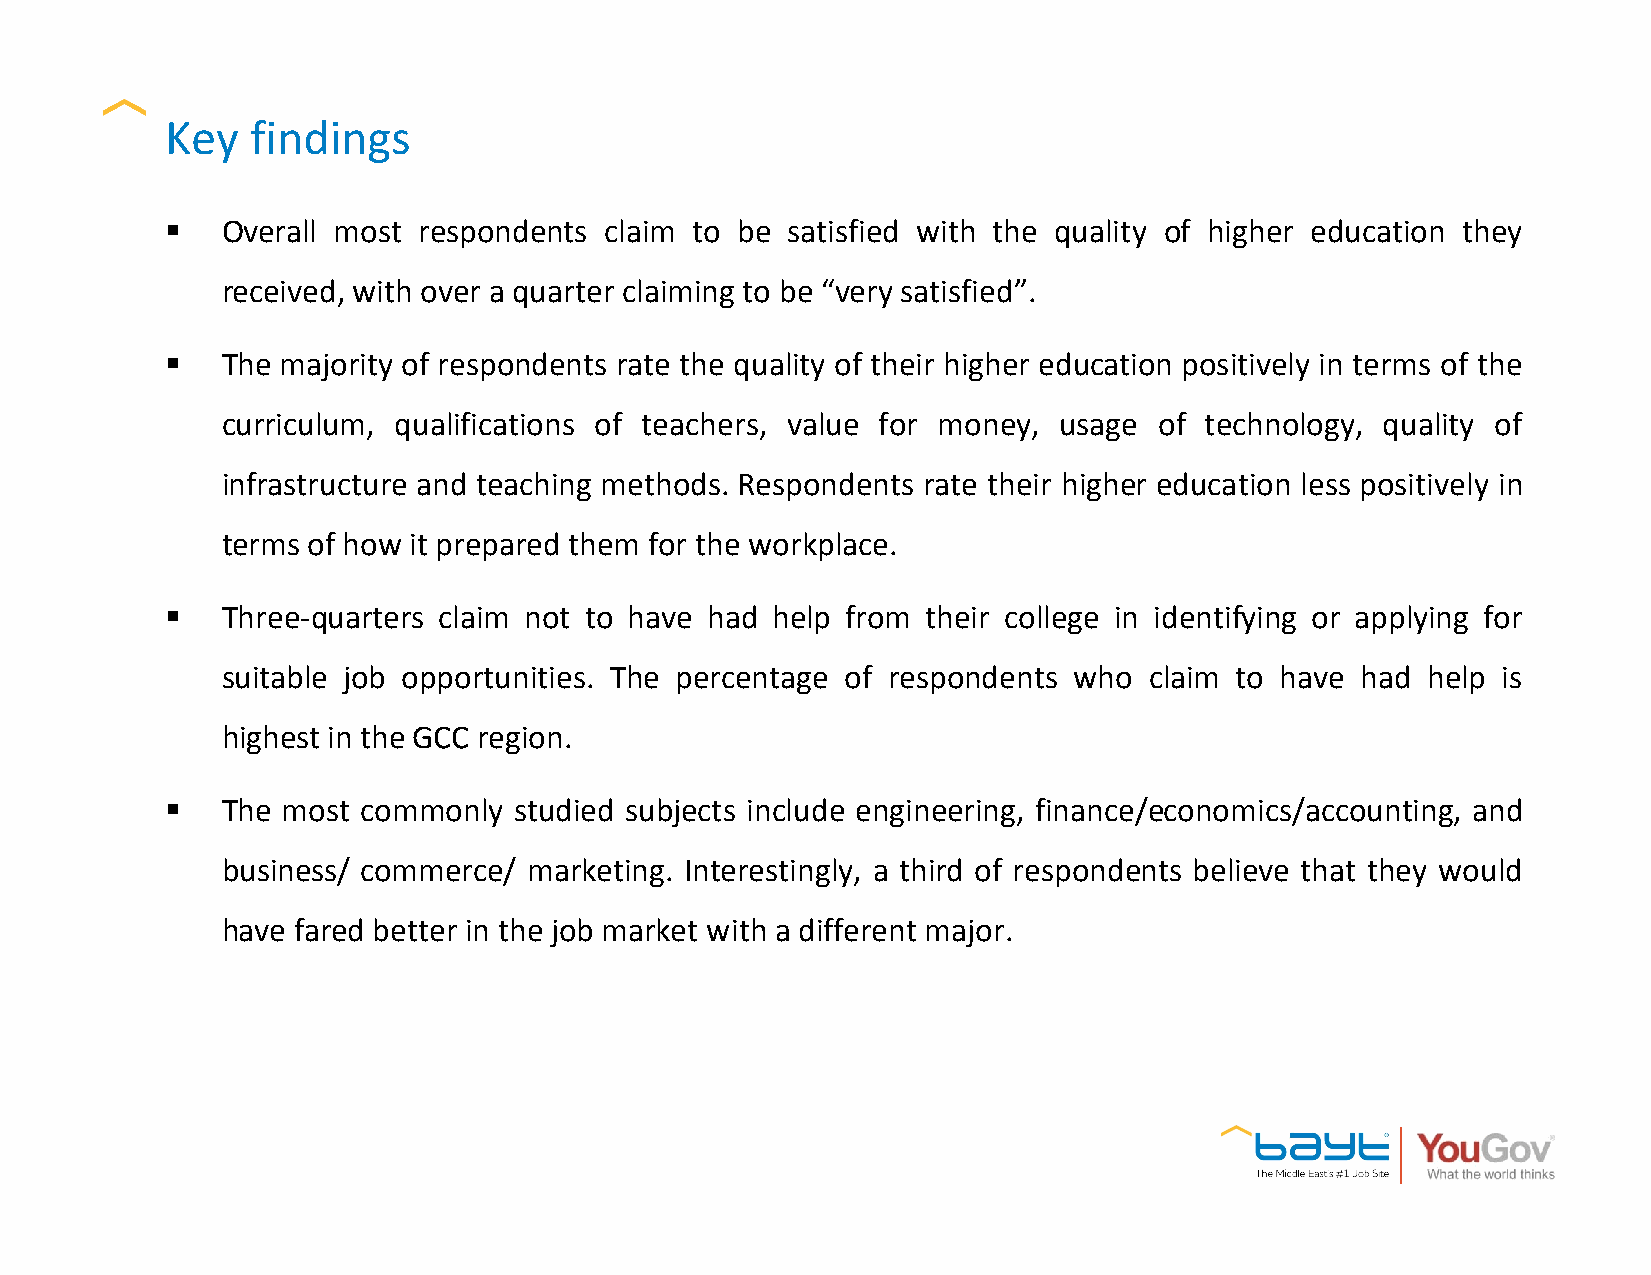
Key   findings
 §   Overall most respondents claim to be satisfied with the quality of higher education they
 received, with over a quarter claiming to be “very satisfied”.
 §   The majority of respondents rate the quality of their higher education positively in terms of the
 curriculum, qualifications of teachers, value for money, usage of technology, quality of
 infrastructure and teaching methods. Respondents rate their higher education less positively in
 terms of how it prepared them for the workplace.
 §   Three-quarters claim not to have had help from their college in identifying or applying for
 suitable job opportunities. The percentage of respondents who claim to have had help is
 highest in the GCC region.
 §   The most commonly  studied subjects include engineering, finance/economics/accounting, and
 business/ commerce/ marketing. Interestingly, a third of respondents believe that they would
 have fared better in the job market with a different major.